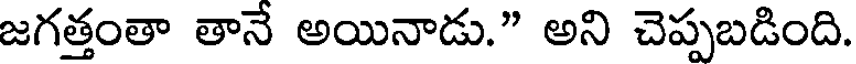
జగత్తంతా తానే అయినాడు." అని చెప్పబడింది.